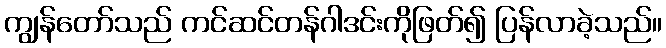
ကျွန်တော်သည် ကင်ဆင်တန်ဂါဒင်းကိုဖြတ်၍ ပြန်လာခဲ့သည်။